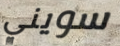
سويني